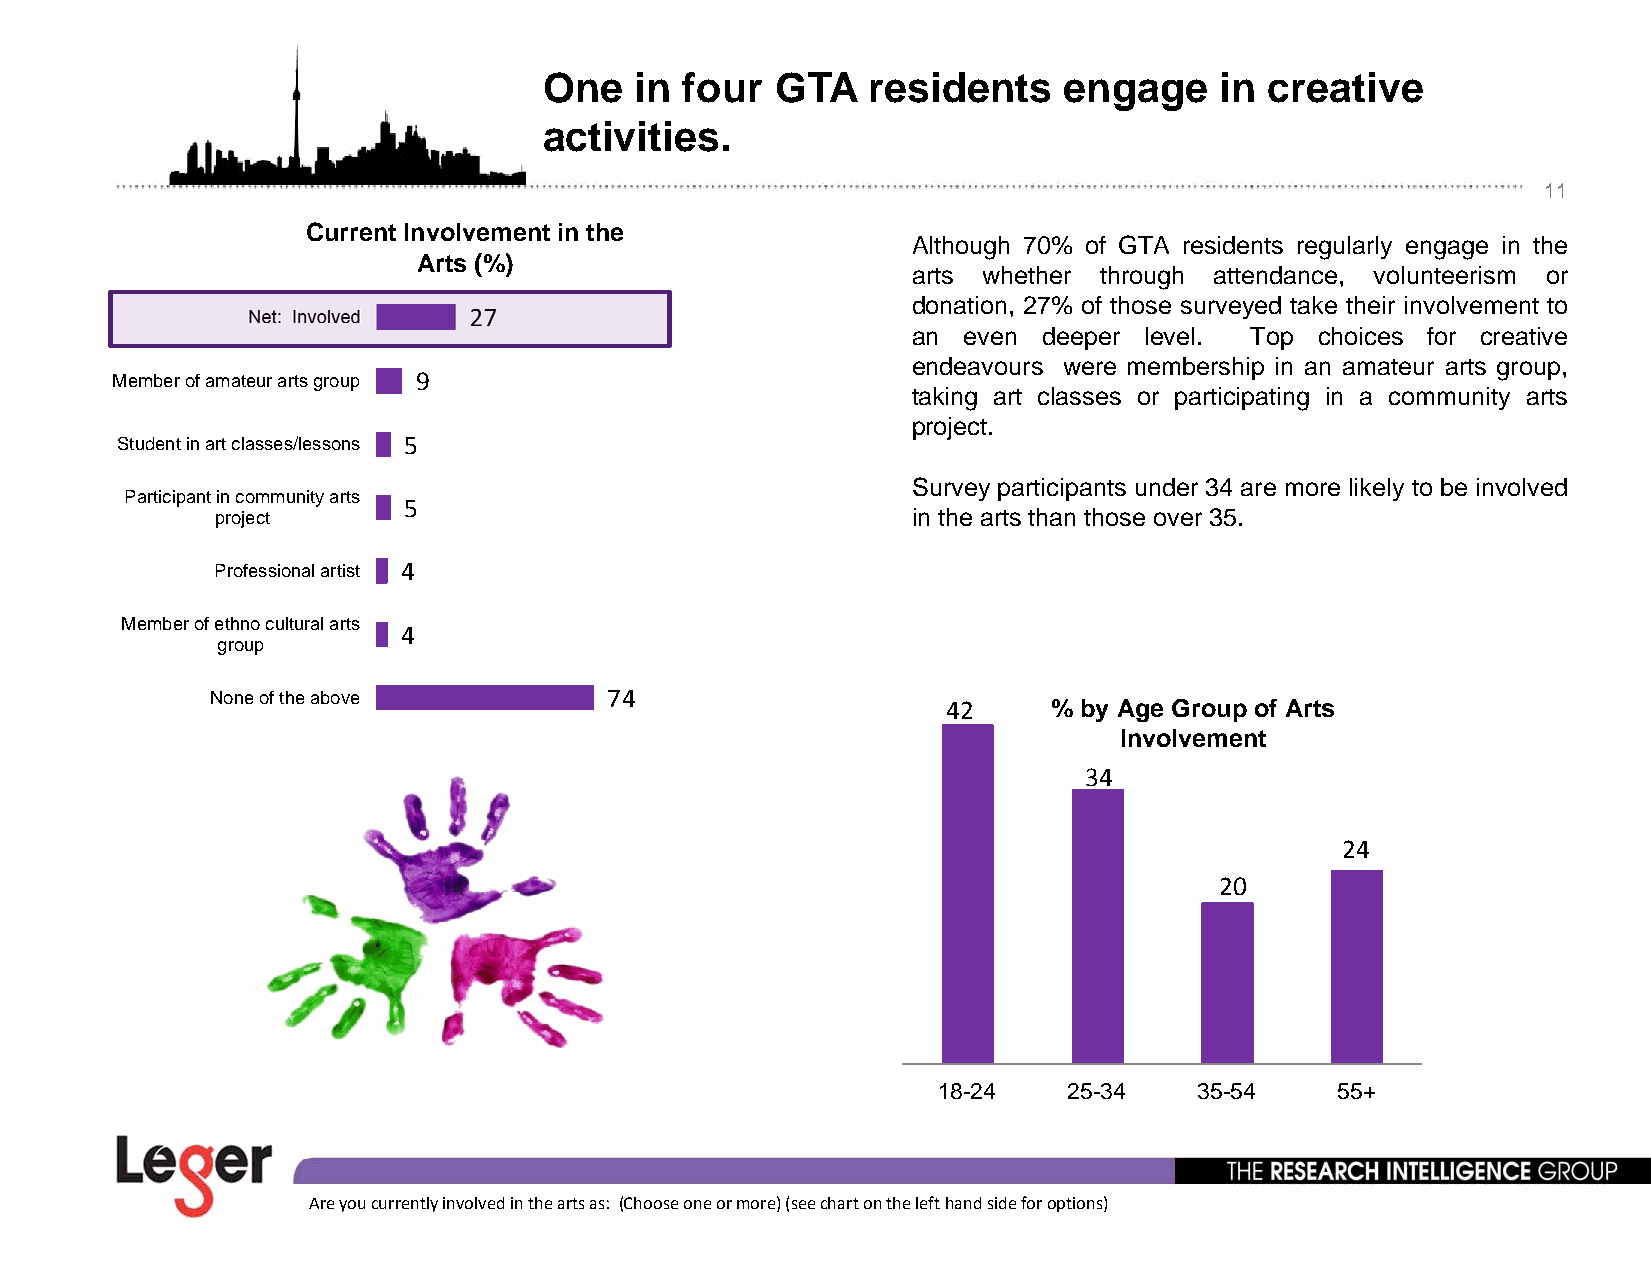
One   in four  GTA   residents    engage     in creative
 activities.
 11
 Current Involvement in the
 Although 70% of GTA residents regularly engage in the
 Arts (%)
 arts whether through attendance, volunteerism or
 donation, 27% of those surveyed take their involvement to
 Net: Involved  27
 an  even ddeeper llevell. TTop chhoiices ffor creattiive
 endeavours were membership in an amateur arts group,
 Member of amateur arts group 9
 taking art classes or participating in a community arts
 project.
 Student in art classes/lessons 5
 SSurrveey ppaarrttiicciippaannttss unnddeerr 3344 aarree mmoorree lliikkeelly ttoo bbee iinnvoollveedd
 Participant in community arts
 5
 project                                       in the arts than those over 35.
 Professional artist 4
 Member of ethno cultural arts
 44
 group
 None of the above         74
 42     % by Age Group of Arts
 Involvement
 34
 24
 20
 18-24    25-34   35-54     55+
 Are you currently involved in the arts as: (Choose one or more) (see chart on the left hand side for options)